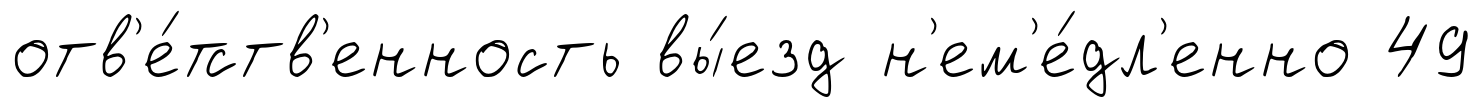
отв'е́тств'енность вы́езд н'ем'е́дл'енно 49